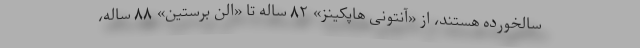
سالخورده هستند، از «آنتونی هاپکینز» ۸۲ ساله تا «الن برستین» ۸۸ ساله،